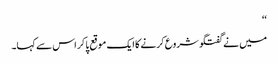
‘‘
میں نے گفتگو شروع کرنے کا ایک موقع پا کر اس سے کہا۔